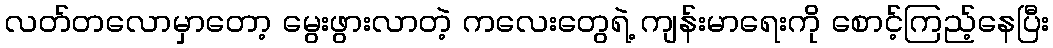
လတ်တလောမှာတော့ မွေးဖွားလာတဲ့ ကလေးတွေရဲ့ ကျန်းမာရေးကို စောင့်ကြည့်နေပြီး